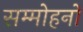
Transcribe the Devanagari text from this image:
सम्मोहनों